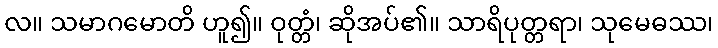
လ။ သမာဂမောတိ ဟူ၍။ ဝုတ္တံ၊ ဆိုအပ်၏။ သာရိပုတ္တရာ၊ သုမေဓဿ၊